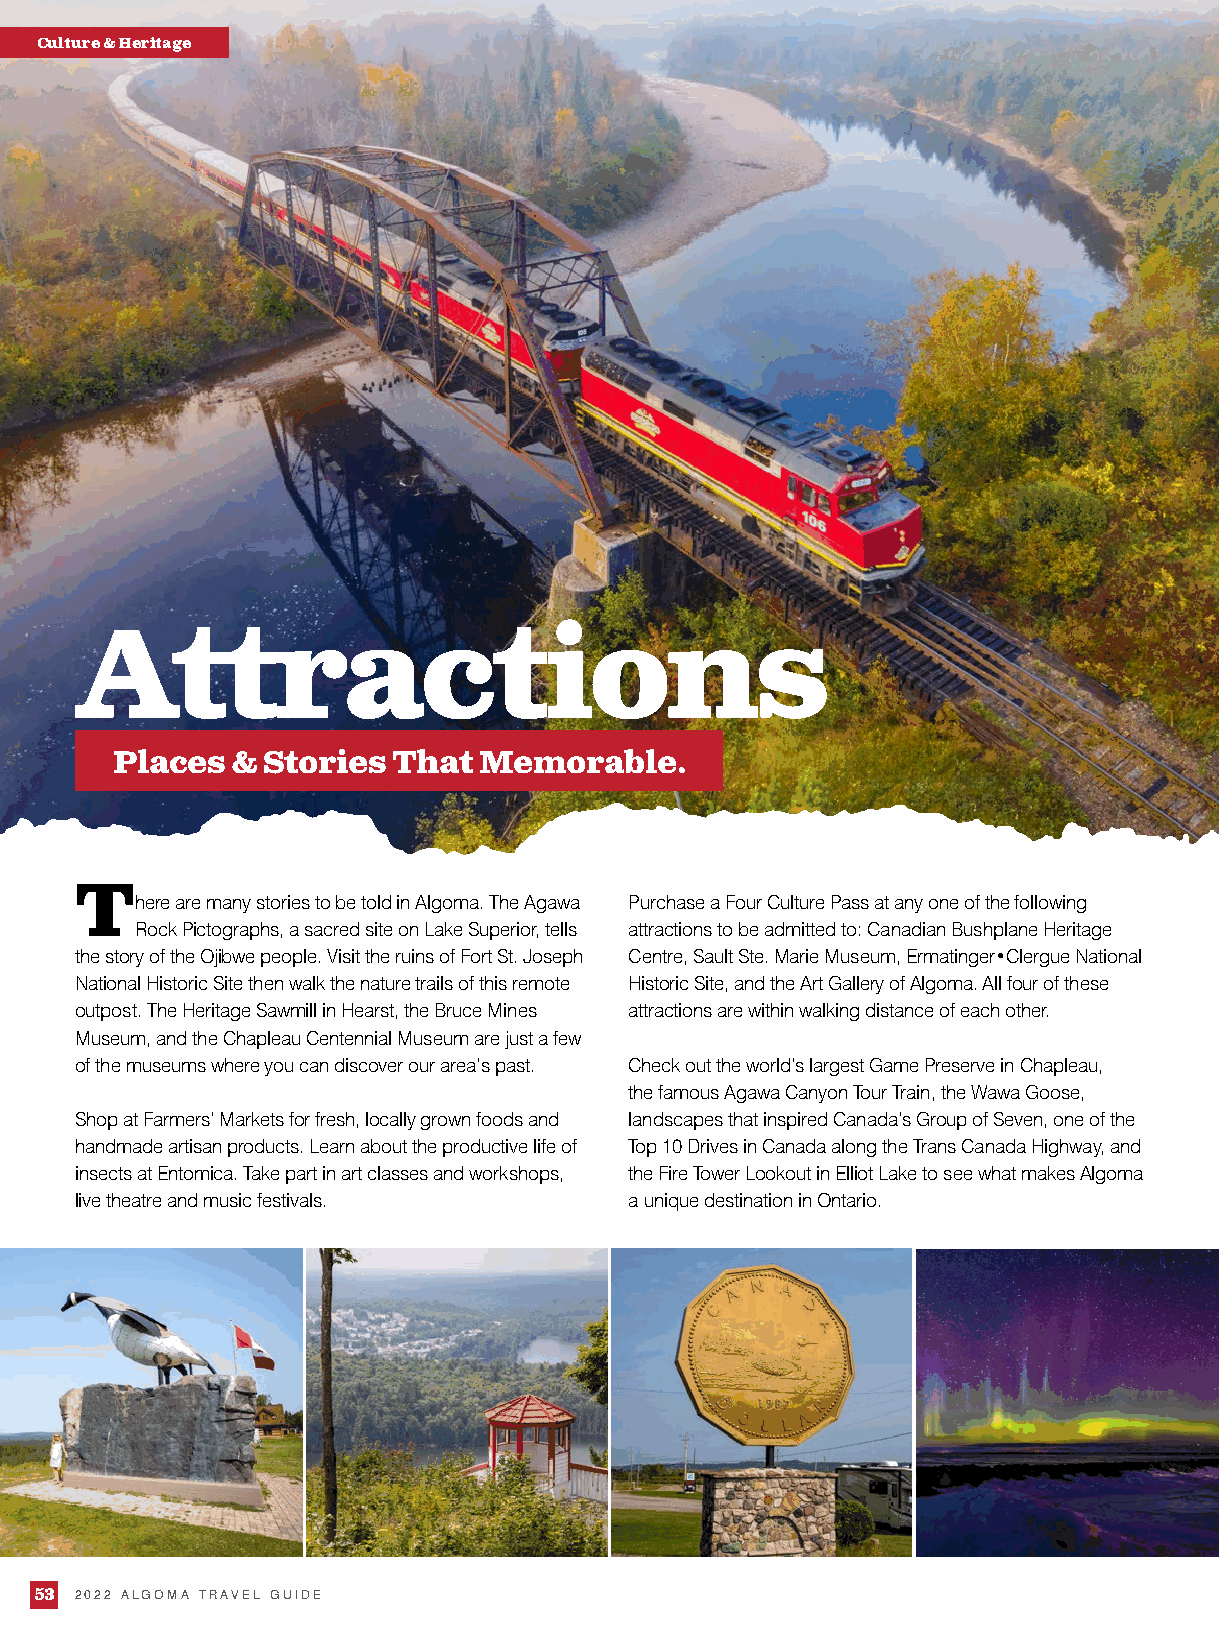
Culture & Heritage
 Attractions
 Places  & Stories  That  Memorable.
 There  are many stories to be told in Algoma. The Agawa Purchase a Four Culture Pass at any one of the following
 Rock Pictographs, a sacred site on Lake Superior, tells attractions to be admitted to: Canadian Bushplane Heritage
 the story of the Ojibwe people. Visit the ruins of Fort St. Joseph Centre, Sault Ste. Marie Museum, Ermatinger•Clergue National
 National Historic Site then walk the nature trails of this remote Historic Site, and the Art Gallery of Algoma. All four of these
 outpost. The Heritage Sawmill in Hearst, the Bruce Mines attractions are within walking distance of each other.
 Museum, and the Chapleau Centennial Museum are just a few
 of the museums where you can discover our area’s past. Check out the world’s largest Game Preserve in Chapleau,
 the famous Agawa Canyon Tour Train, the Wawa Goose,
 Shop at Farmers’ Markets for fresh, locally grown foods and landscapes that inspired Canada’s Group of Seven, one of the
 handmade artisan products. Learn about the productive life of Top 10 Drives in Canada along the Trans Canada Highway, and
 insects at Entomica. Take part in art classes and workshops, the Fire Tower Lookout in Elliot Lake to see what makes Algoma
 live theatre and music festivals.    a unique destination in Ontario.
 53 2022 ALGOMA TRAVEL GUIDE